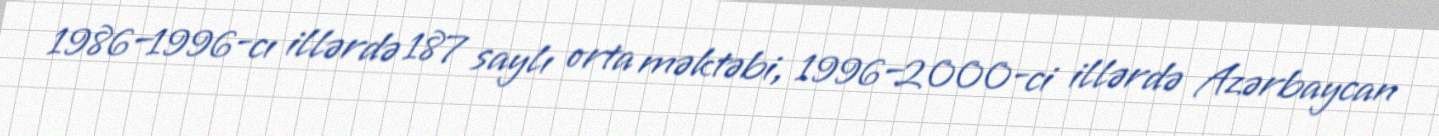
1986–1996-cı illərdə 187 saylı orta məktəbi, 1996–2000-ci illərdə Azərbaycan